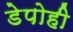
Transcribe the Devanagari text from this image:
डेपोही